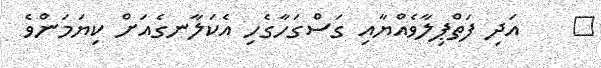
٦    އަދި ފަތްޕިލާވެއްޔާއި ގަސްގަހާގެހި އެކަލާނގެއަށް ކިޔަމަންވެ